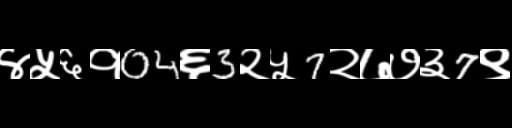
Text: ४५६१04६3२५7२७७३7९